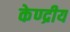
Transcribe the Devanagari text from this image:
केण्द्रीय